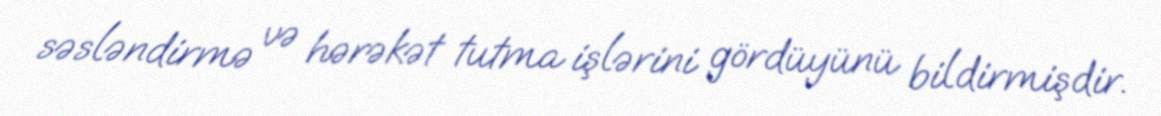
səsləndirmə və hərəkət tutma işlərini gördüyünü bildirmişdir.